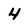
Character: 4